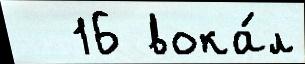
  16 вока́л